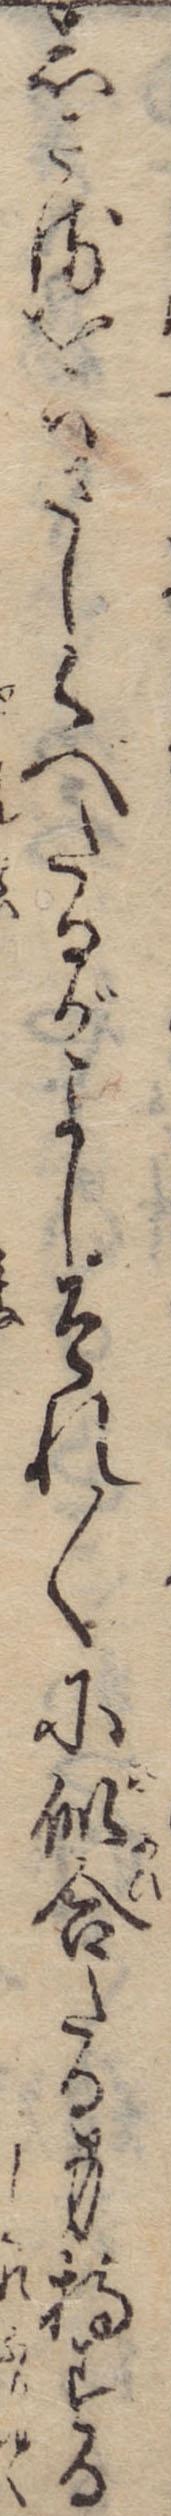
しさるをばさしくべたるがよしそれ〱に似合たる身持する